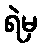
ရဲမှ